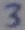
Text: 3